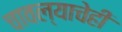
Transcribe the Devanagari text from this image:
चावल्याचेही